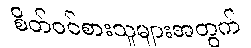
စိတ်ဝင်စားသူများအတွက်